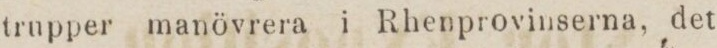
trupper manövrera i Rhenprovinserna, det